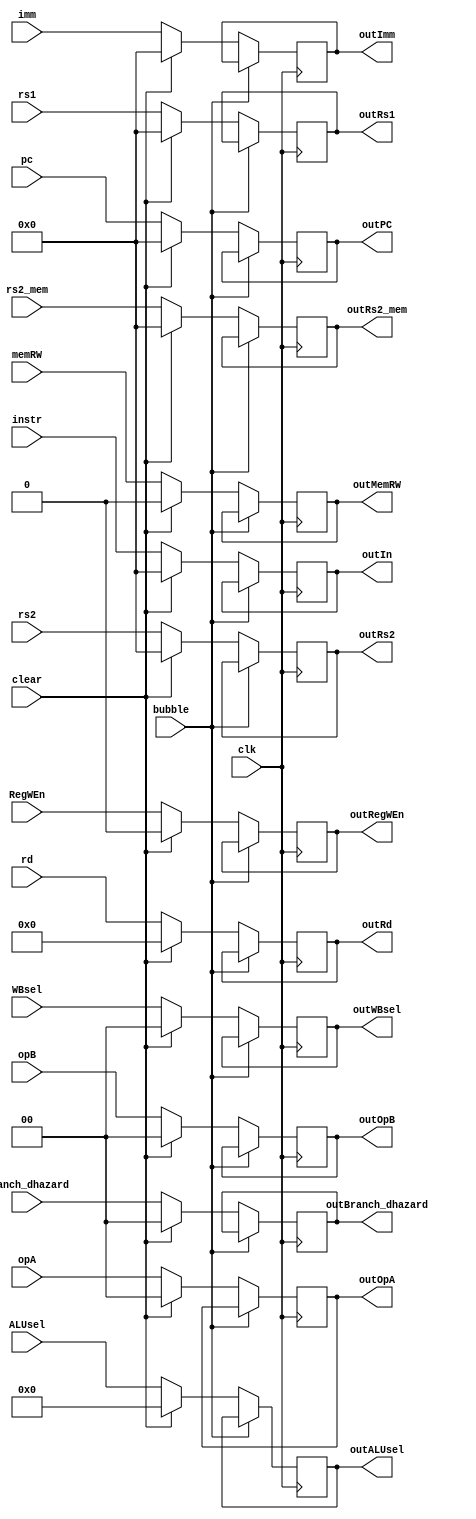
module shiftRegD(
input [31:0] instr,
input [31:0] pc,
input [31:0] rs1,
input [31:0] rs2,
input [31:0] rs2_mem,
input [31:0] imm,
input [1:0] opA,
input [1:0] opB,
input [4:0] rd,
input [3:0] ALUsel,
input [1:0] WBsel,
input [1:0] branch_dhazard,
input RegWEn,
input memRW,
input bubble,
input clear,
input clk,
output reg [31:0] outIn,
output reg [31:0] outPC,
output reg [3:0] outALUsel,
output reg [31:0] outRs1,
output reg [31:0] outRs2,
output reg [31:0] outRs2_mem,
output reg [1:0] outOpA,
output reg [1:0] outOpB,
output reg [1:0] outWBsel,
output reg [1:0] outBranch_dhazard,
output reg outRegWEn,
output reg outMemRW,
output reg [4:0] outRd,
output reg [31:0] outImm
);

always @(posedge clk) begin
if (!bubble) begin
if (clear) begin
	outIn = 0;
	outPC = 0;
	outRs1 = 0;
	outRs2 = 0;
	outRd = 0;
	outOpA = 0;
	outOpB = 0;
	outWBsel = 0;
	outRegWEn = 0;
	outALUsel = 0;
	outRs2_mem = 0;
	outMemRW = 0;
	outImm = 0;
	outBranch_dhazard = 0;
end
else begin
	outIn = instr;
	outPC = pc;
	outRs1 = rs1;
	outRs2 = rs2;
	outRd = rd;
	outOpA = opA;
	outOpB = opB;
	outWBsel = WBsel;
	outRegWEn = RegWEn;
	outRs2_mem = rs2_mem;
	outMemRW = memRW;
	outImm = imm;
	outALUsel = ALUsel;
	outBranch_dhazard = branch_dhazard;
end
end
end

endmodule